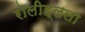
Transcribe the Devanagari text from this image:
रोलीह्लला